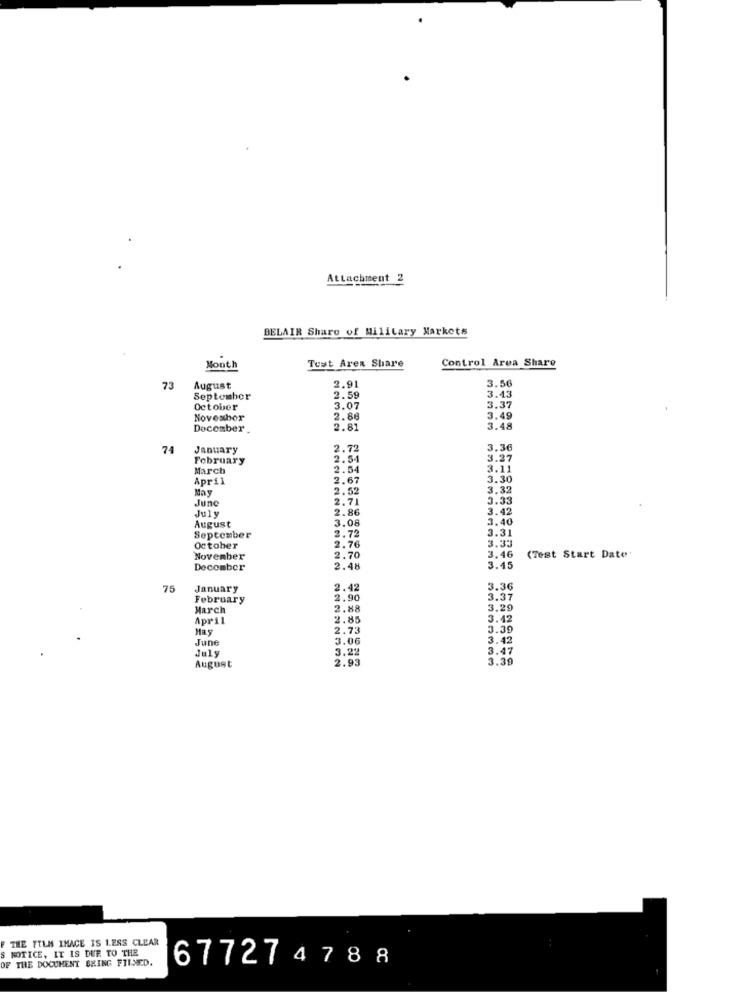
Attachment 2
BELAIR Share of Military Markets
Control Area Share
Month
Test Area Share
73
August
2.91
3.56
September
2.59
3.43
October
3.07
3.37
November
2.88
3.49
December .
2.81
3.48
74
January
2.72
3.36
February
2.54
3.27
March
2.54
3.11
April
2.67
3.30
May
2.52
3.32
June
2.71
3.33
July
2.86
3.42
August
3.40
3.08
3.31
September
2.72
3.33
October
2.76
November
2.70
3.46
(Test Start Date'
Decomber
2.48
3.45
75
January
2.42
3.36
February
2.90
3.37
March
2.88
3.29
April
2.85
3.42
Hay
2.73
3.39
June
3.06
3.42
July
3.22
3.47
2.93
3:39
August
THE FILM IMACE IS LESS CLEAR
S NOTICE, IT IS DUE TO THE
OF THE DOCUMENT BEING FILMED.
677274788